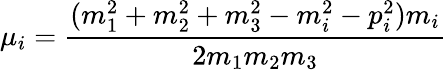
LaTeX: \mu_{i}=\frac{(m_{1}^{2}+m_{2}^{2}+m_{3}^{2}-m_{i}^{2}-p_{i}^{2})m_{i}}{2m_{1}m_{2}m_{3}}